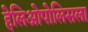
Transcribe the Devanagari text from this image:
हेलिओपोलिसला